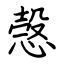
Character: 愨